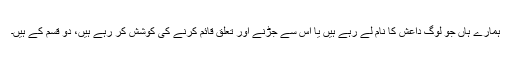
ہمارے ہاں جو لوگ داعش کا نام لے رہے ہیں یا اس سے جڑنے اور تعلق قائم کرنے کی کوشش کر رہے ہیں، دو قسم کے ہیں۔